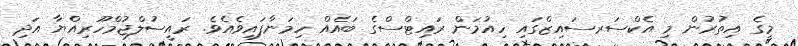
މީގެ އިތުރުން މި އެކްސަރސައިޒްގައި ހިއުމަން ރައިޓްސްގެ ބައެއް ހިމަނާފައިވެއެވެ. ރައީސުލްޖުމްހޫރިއްޔާ އަދި